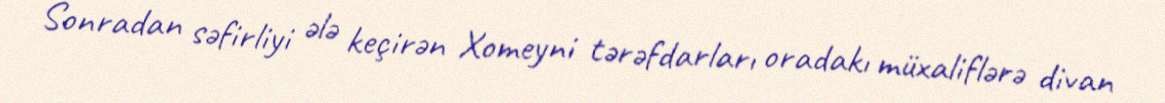
Sonradan səfirliyi ələ keçirən Xomeyni tərəfdarları oradakı müxaliflərə divan